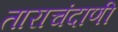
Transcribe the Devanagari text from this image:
ताराचंदाणी